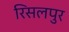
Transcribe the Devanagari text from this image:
रिसलपुर